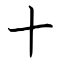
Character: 十